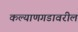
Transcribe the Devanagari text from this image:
कल्याणगडावरील